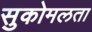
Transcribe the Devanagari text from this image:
सुकोमलता